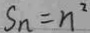
S _ { n } = n ^ { 2 }